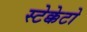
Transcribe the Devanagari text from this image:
स्टेक्केटो